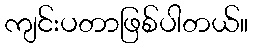
ကျင်းပတာဖြစ်ပါတယ်။